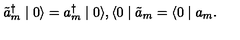
\tilde { a } _ { m } ^ { \dagger } \mid 0 \rangle = a _ { m } ^ { \dagger } \mid 0 \rangle , \langle 0 \mid \tilde { a } _ { m } = \langle 0 \mid a _ { m } .